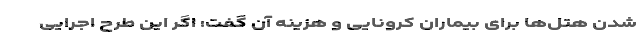
شدن هتل‌ها برای بیماران کرونایی و هزینه‌ آن گفت: اگر این طرح اجرایی